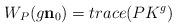
LaTeX: \begin{align*}W_{P}(g\mathbf{n}_{0})=trace(PK^{g}) \end{align*}